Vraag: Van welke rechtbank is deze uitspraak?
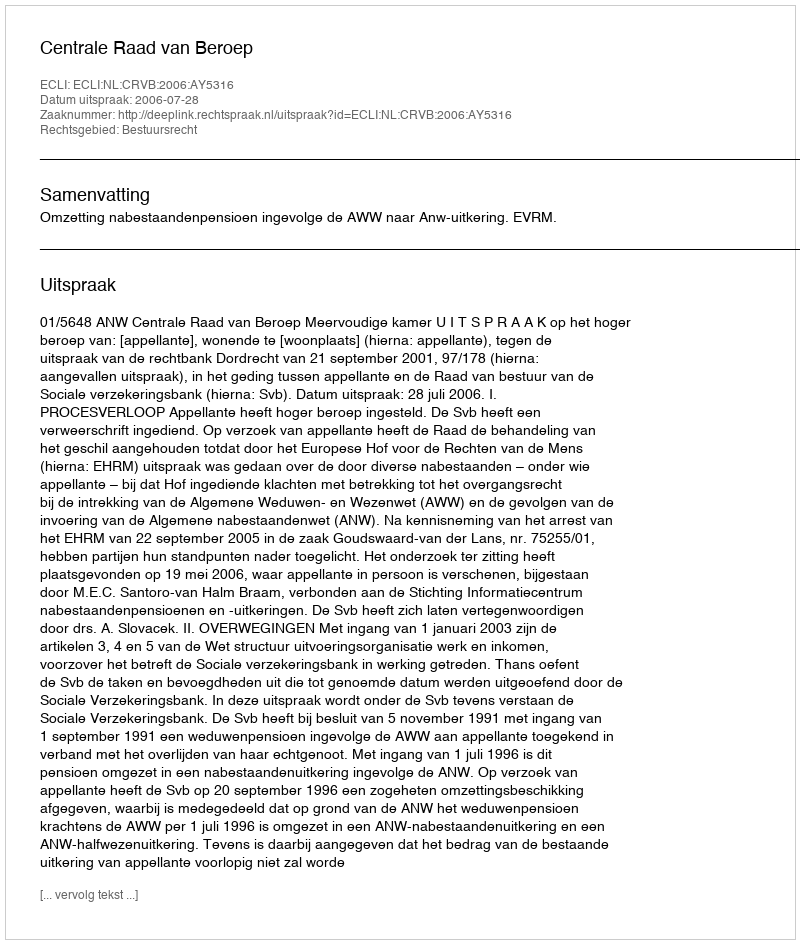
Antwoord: Centrale Raad van Beroep